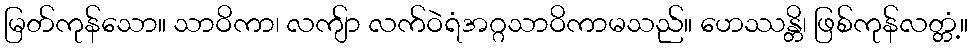
မြတ်ကုန်သော။ သာဝိကာ၊ လကျ်ာ လက်ဝဲရံအဂ္ဂသာဝိကာမသည်။ ဟေဿန္တိ၊ ဖြစ်ကုန်လတ္တံ့။